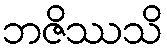
ဘဇိဿသိ